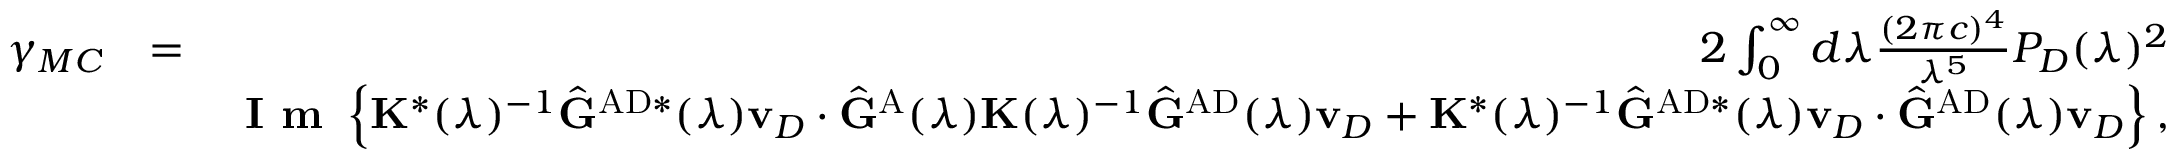
\begin{array} { r l r } { \gamma _ { M C } } & { = } & { 2 \int _ { 0 } ^ { \infty } d \lambda \frac { ( 2 \pi { c } ) ^ { 4 } } { \lambda ^ { 5 } } P _ { D } ( \lambda ) ^ { 2 } } \\ & { } & { \textbf { I m } \left\{ \mathbf { K } ^ { * } ( \lambda ) ^ { - 1 } \hat { \mathbf { G } } ^ { \mathrm { A D } * } ( \lambda ) \mathbf { v } _ { D } \cdot \hat { \mathbf { G } } ^ { \mathrm { A } } ( \lambda ) \mathbf { K } ( \lambda ) ^ { - 1 } \hat { \mathbf { G } } ^ { \mathrm { A D } } ( \lambda ) \mathbf { v } _ { D } + \mathbf { K } ^ { * } ( \lambda ) ^ { - 1 } \hat { \mathbf { G } } ^ { \mathrm { A D } * } ( \lambda ) \mathbf { v } _ { D } \cdot \hat { \mathbf { G } } ^ { \mathrm { A D } } ( \lambda ) \mathbf { v } _ { D } \right\} , } \end{array}